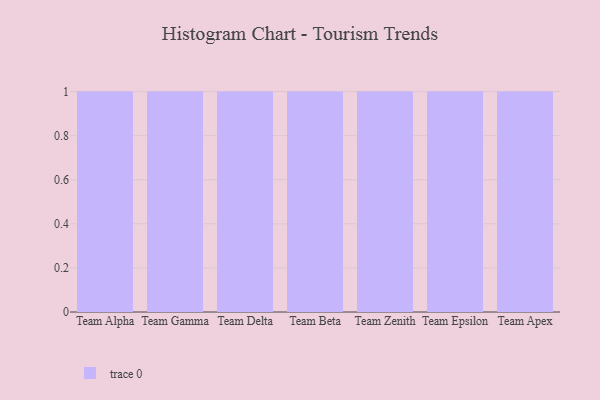
{"axis": {"x": "Team", "y": "Customer Acquisition Cost (USD)"}, "legend": [""], "data": [{"x": "Team Alpha", "y": 59, "type": ""}, {"x": "Team Gamma", "y": 87, "type": ""}, {"x": "Team Delta", "y": 70, "type": ""}, {"x": "Team Beta", "y": 99, "type": ""}, {"x": "Team Zenith", "y": 81, "type": ""}, {"x": "Team Epsilon", "y": 5, "type": ""}, {"x": "Team Apex", "y": 23, "type": ""}]}